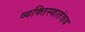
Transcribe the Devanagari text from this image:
व्यक्तिस्वातंत्रय